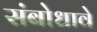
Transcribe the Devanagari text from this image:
संबोधावे